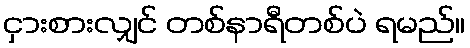
ငှားစားလျှင် တစ်နာရီတစ်ပဲ ရမည်။